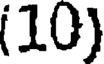
(10)